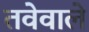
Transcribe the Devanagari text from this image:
तवेवाले